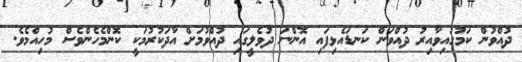
ދުއްވުން ކަމުގައިވާއިރު ދުއްވަން ކަނޑައެޅިފައި އޮންނަ ދުވެލީގައި ދުއްވުމަށް އާދަކުރުމަކީ ކޮންމެހެންވެސް މުހިއްމެވެ.